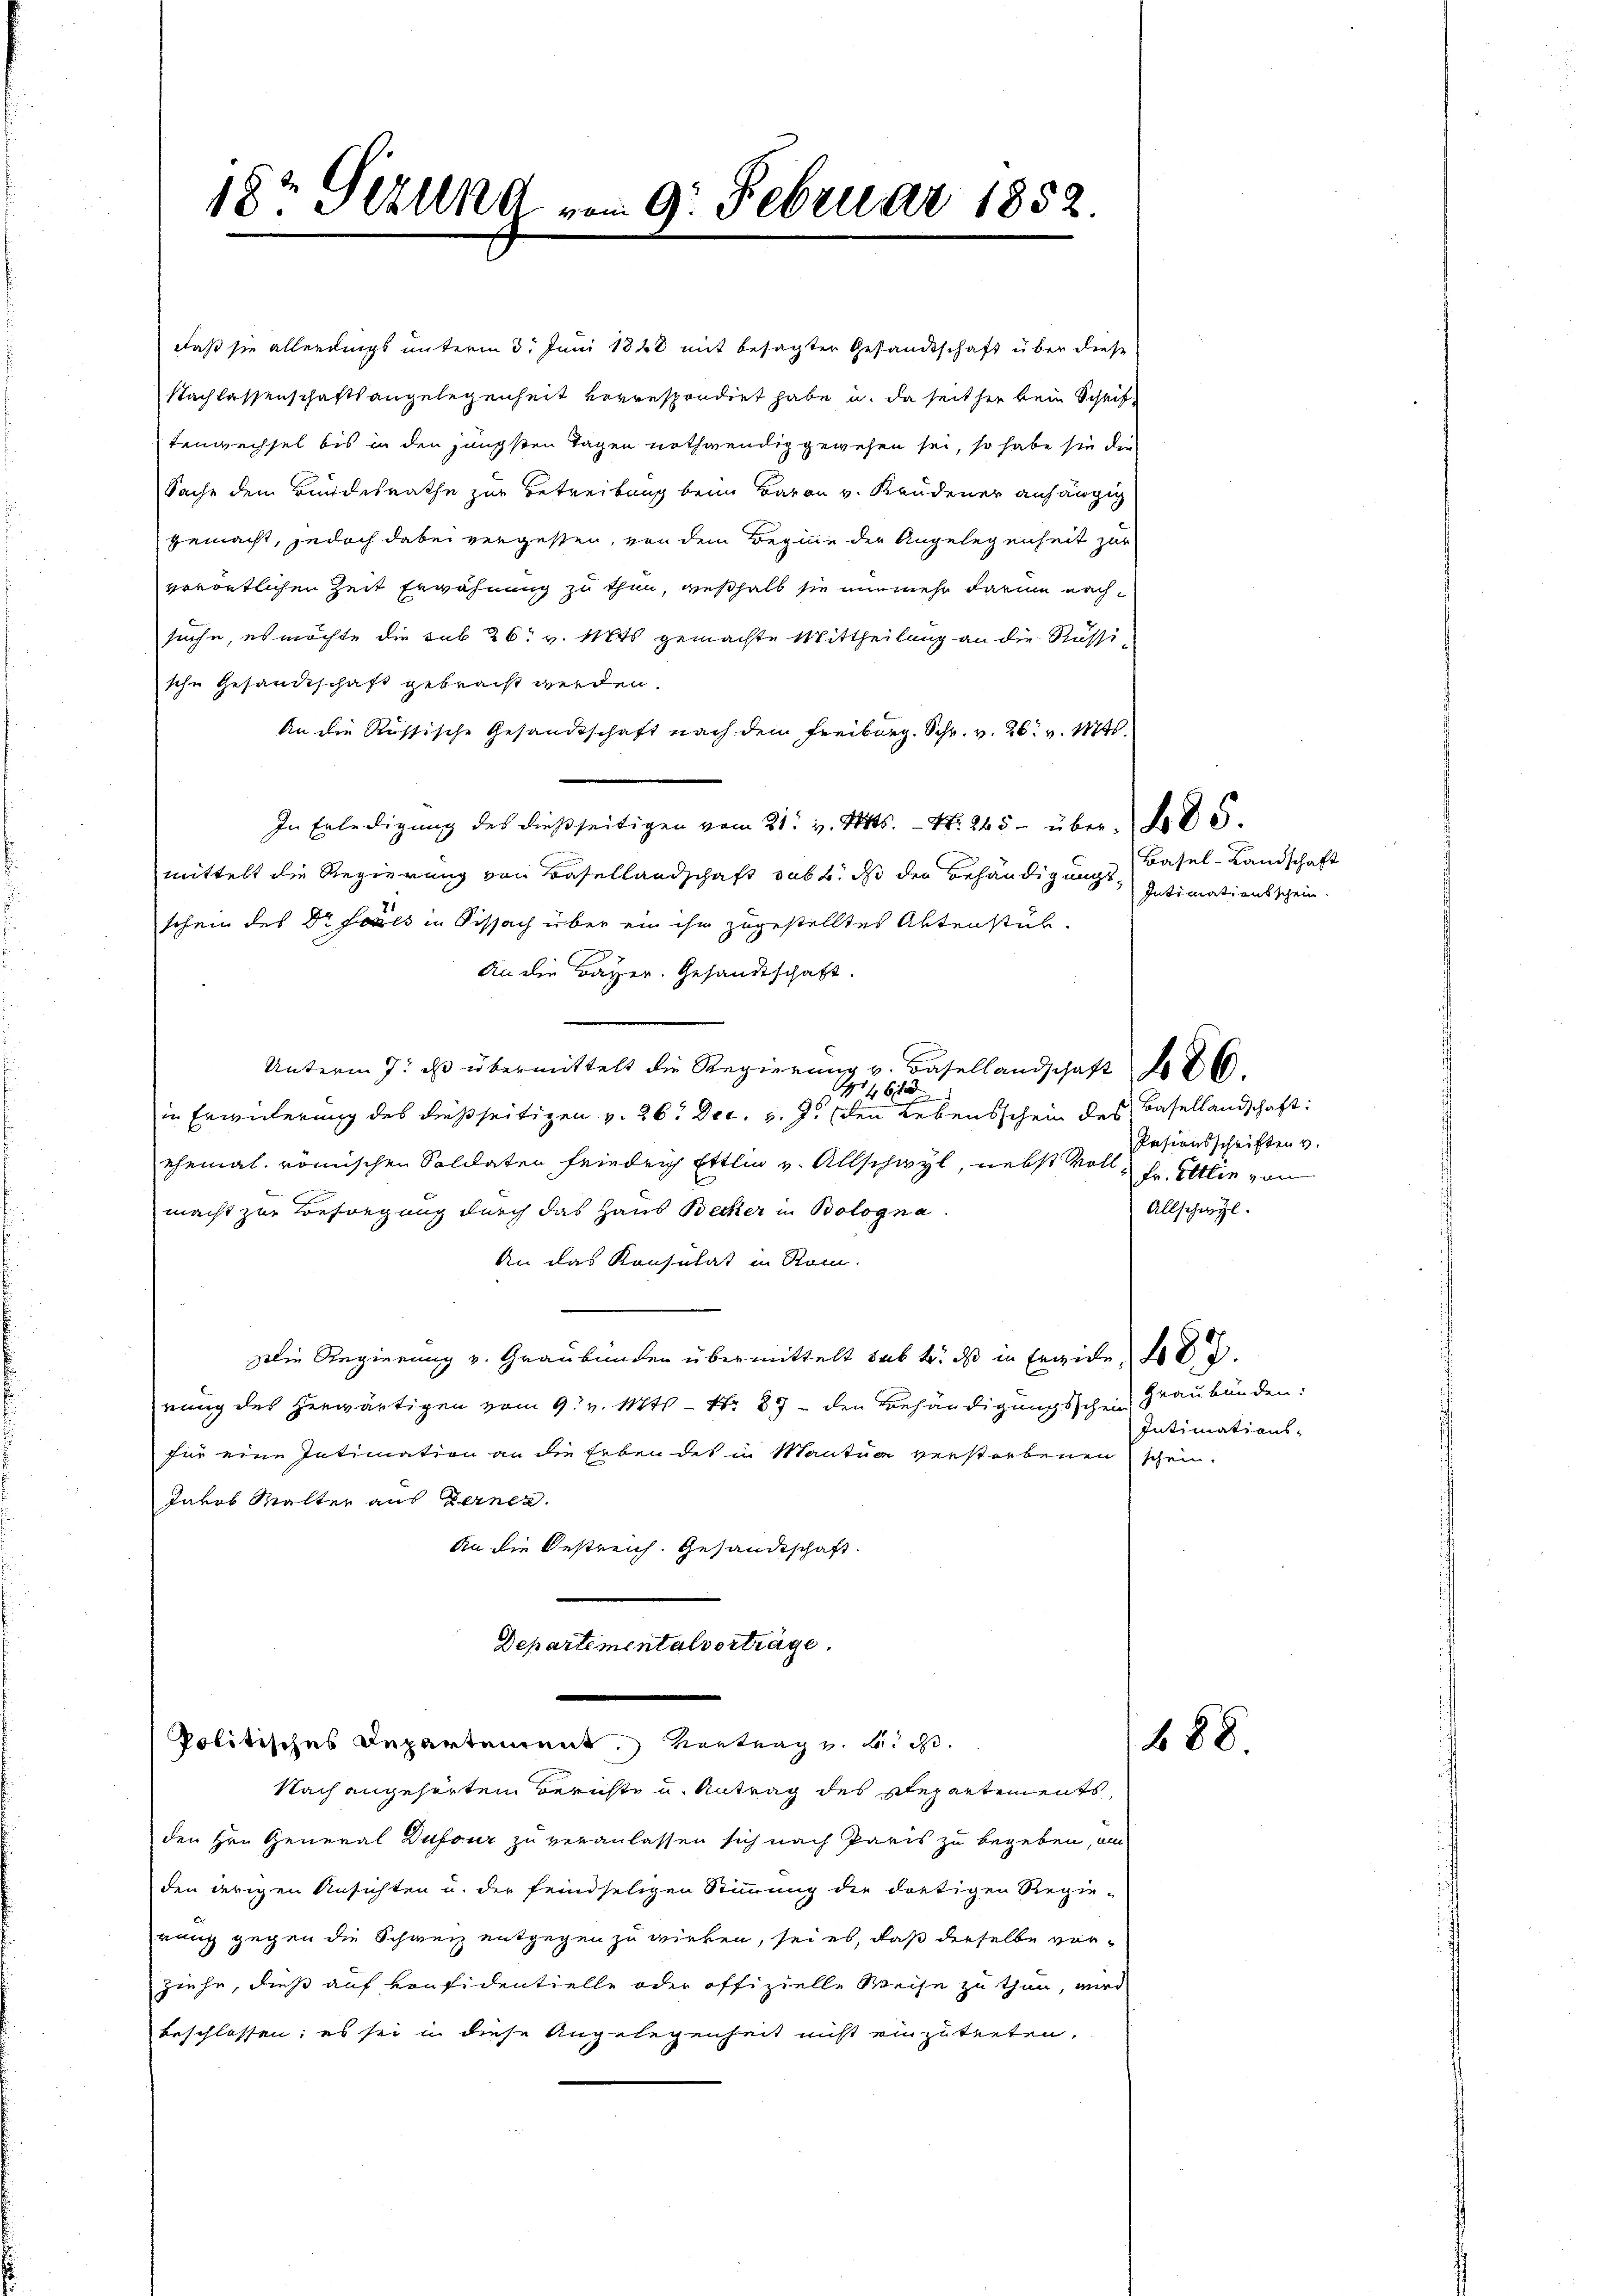
18t Sizung vom 9. Februar 1852.

daß sie allerdings unterm 3t Juni 1848 mit besagter Gesandtschaft über diese
Nachlassenschaftsangelegenheit vorrespondirt habe u. da seither kein Schriftenwechsel bis in den jüngsten Tagen nothwendig gewesen sei, so habe sie die
Sache dem Bundesrathe zur Betreibung beim Baron v. Kandener anhängig
gemacht, jedoch dabei vergessen, von dem Beginne der Angelegenheit zur
vorörtlichen Zeit Erwähnung zu thun, weßhalb sie nunmehr darum nachsuche, es möchte die sub 26. v. Mts. gemachte Mittheilung an die Russische Gesandtschaft gebracht werden.
An die Russische Gesandtschaft nach dem Freiburg. Schr. v. 26. v. Mts.
In Erledigung des dießseitigen vom 21. v. Mts. N. 245 - über 5.
mittelt die Regierung von Basellandschaft sub b. daß der Behändigungsschein des Dr Fores in Sissach über ein ihn zugestelltes Aktenstub
An die Bayer. Gesandtschaft.
Unterm 7. ds übermittelt die Regierung v. Basellandschaft 186
141461
in Erwiderung des dießseitigen v. 26. Dec. v. J. den Lebensschein des Basellandschaft:
ehemal römischen Soldaten feinden Ettlin v. Allschwyl, nebst voll
macht zur Befregung durch das Haus Becker in Bologna
An das Konsulat in Rom.
Die Regierung v. Graubünden übermittelt sub b. das in Ergide d.
rung des herwärtigen vom 9. v. Mts. – N. 87 - den Behändigungsschein
für eine Intimation an die Erben des in Mantua verstorbenen schein.
Jakob Malter aus Ferner.
An die Bestreich. Gesandtschaft.
Departementalverträge.
e
Politisches Departement. Vortrag v. Leid.
Nach angehörtem Berichte u. Antrag des Repartements,
den Hrn. General Dufour zu veranlassen sich nach Paris zu begeben, an
den ierigen Ansichten u. der feindseligen Stimmung die dortigen Regie-
rang gegen die Schweiz entgegen zu wirken, sei es, daß derselbe verziehe, dieß auf vonfidentielle oder offizielle Weise zu thun, wird
beschlossen; es sei in diese Angelegenheit nicht einzutreten.

Basel-Landschaft
Intimationsschein.

Pesionsschriften v.
Fr. Ettin von
Allschwyl.

Graubünden:
Intimations-

488.